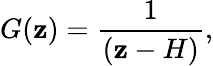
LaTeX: G(\mathbf{z})=\frac{{1}}{{(\mathbf{z}-H)}},